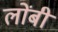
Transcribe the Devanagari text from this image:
लोंबी